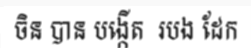
ចិន បាន បង្កើត  របង ដែក